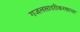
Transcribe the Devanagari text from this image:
गजलसादरीकरणाचा